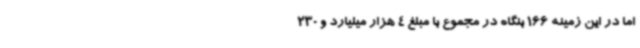
اما در این زمینه 166 بنگاه در مجموع با مبلغ 4 هزار میلیارد و 230